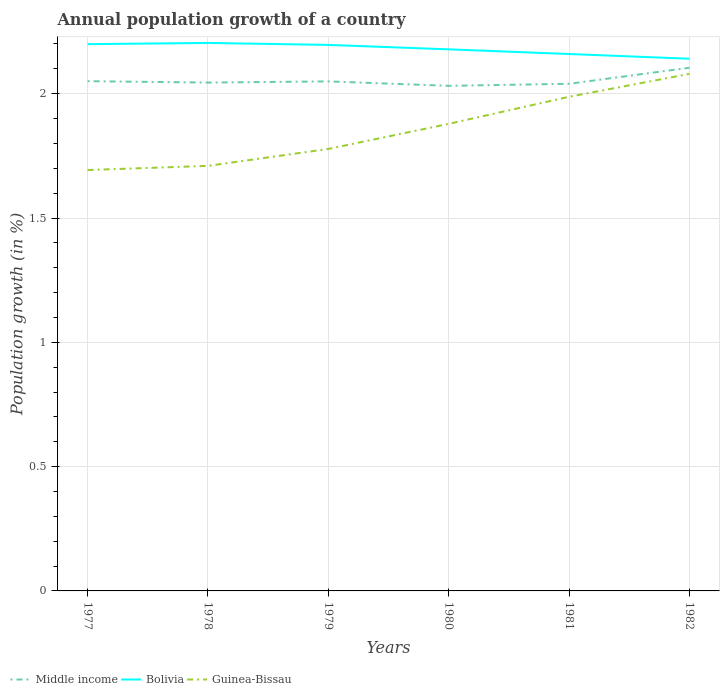
| Years | Middle income | Bolivia | Guinea-Bissau |
 | --- | --- | --- | --- |
 | 1977 | 2.05 | 2.2 | 1.69 |
 | 1978 | 2.04 | 2.2 | 1.71 |
 | 1979 | 2.05 | 2.2 | 1.78 |
 | 1980 | 2.03 | 2.18 | 1.88 |
 | 1981 | 2.04 | 2.16 | 1.99 |
 | 1982 | 2.1 | 2.14 | 2.08 |